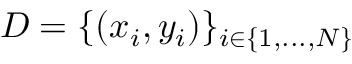
D = \{ ( x _ { i } , y _ { i } ) \} _ { i \in \{ 1 , . . . , N \} }